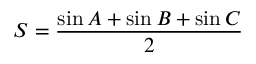
S = { \frac { \sin A + \sin B + \sin C } { 2 } }